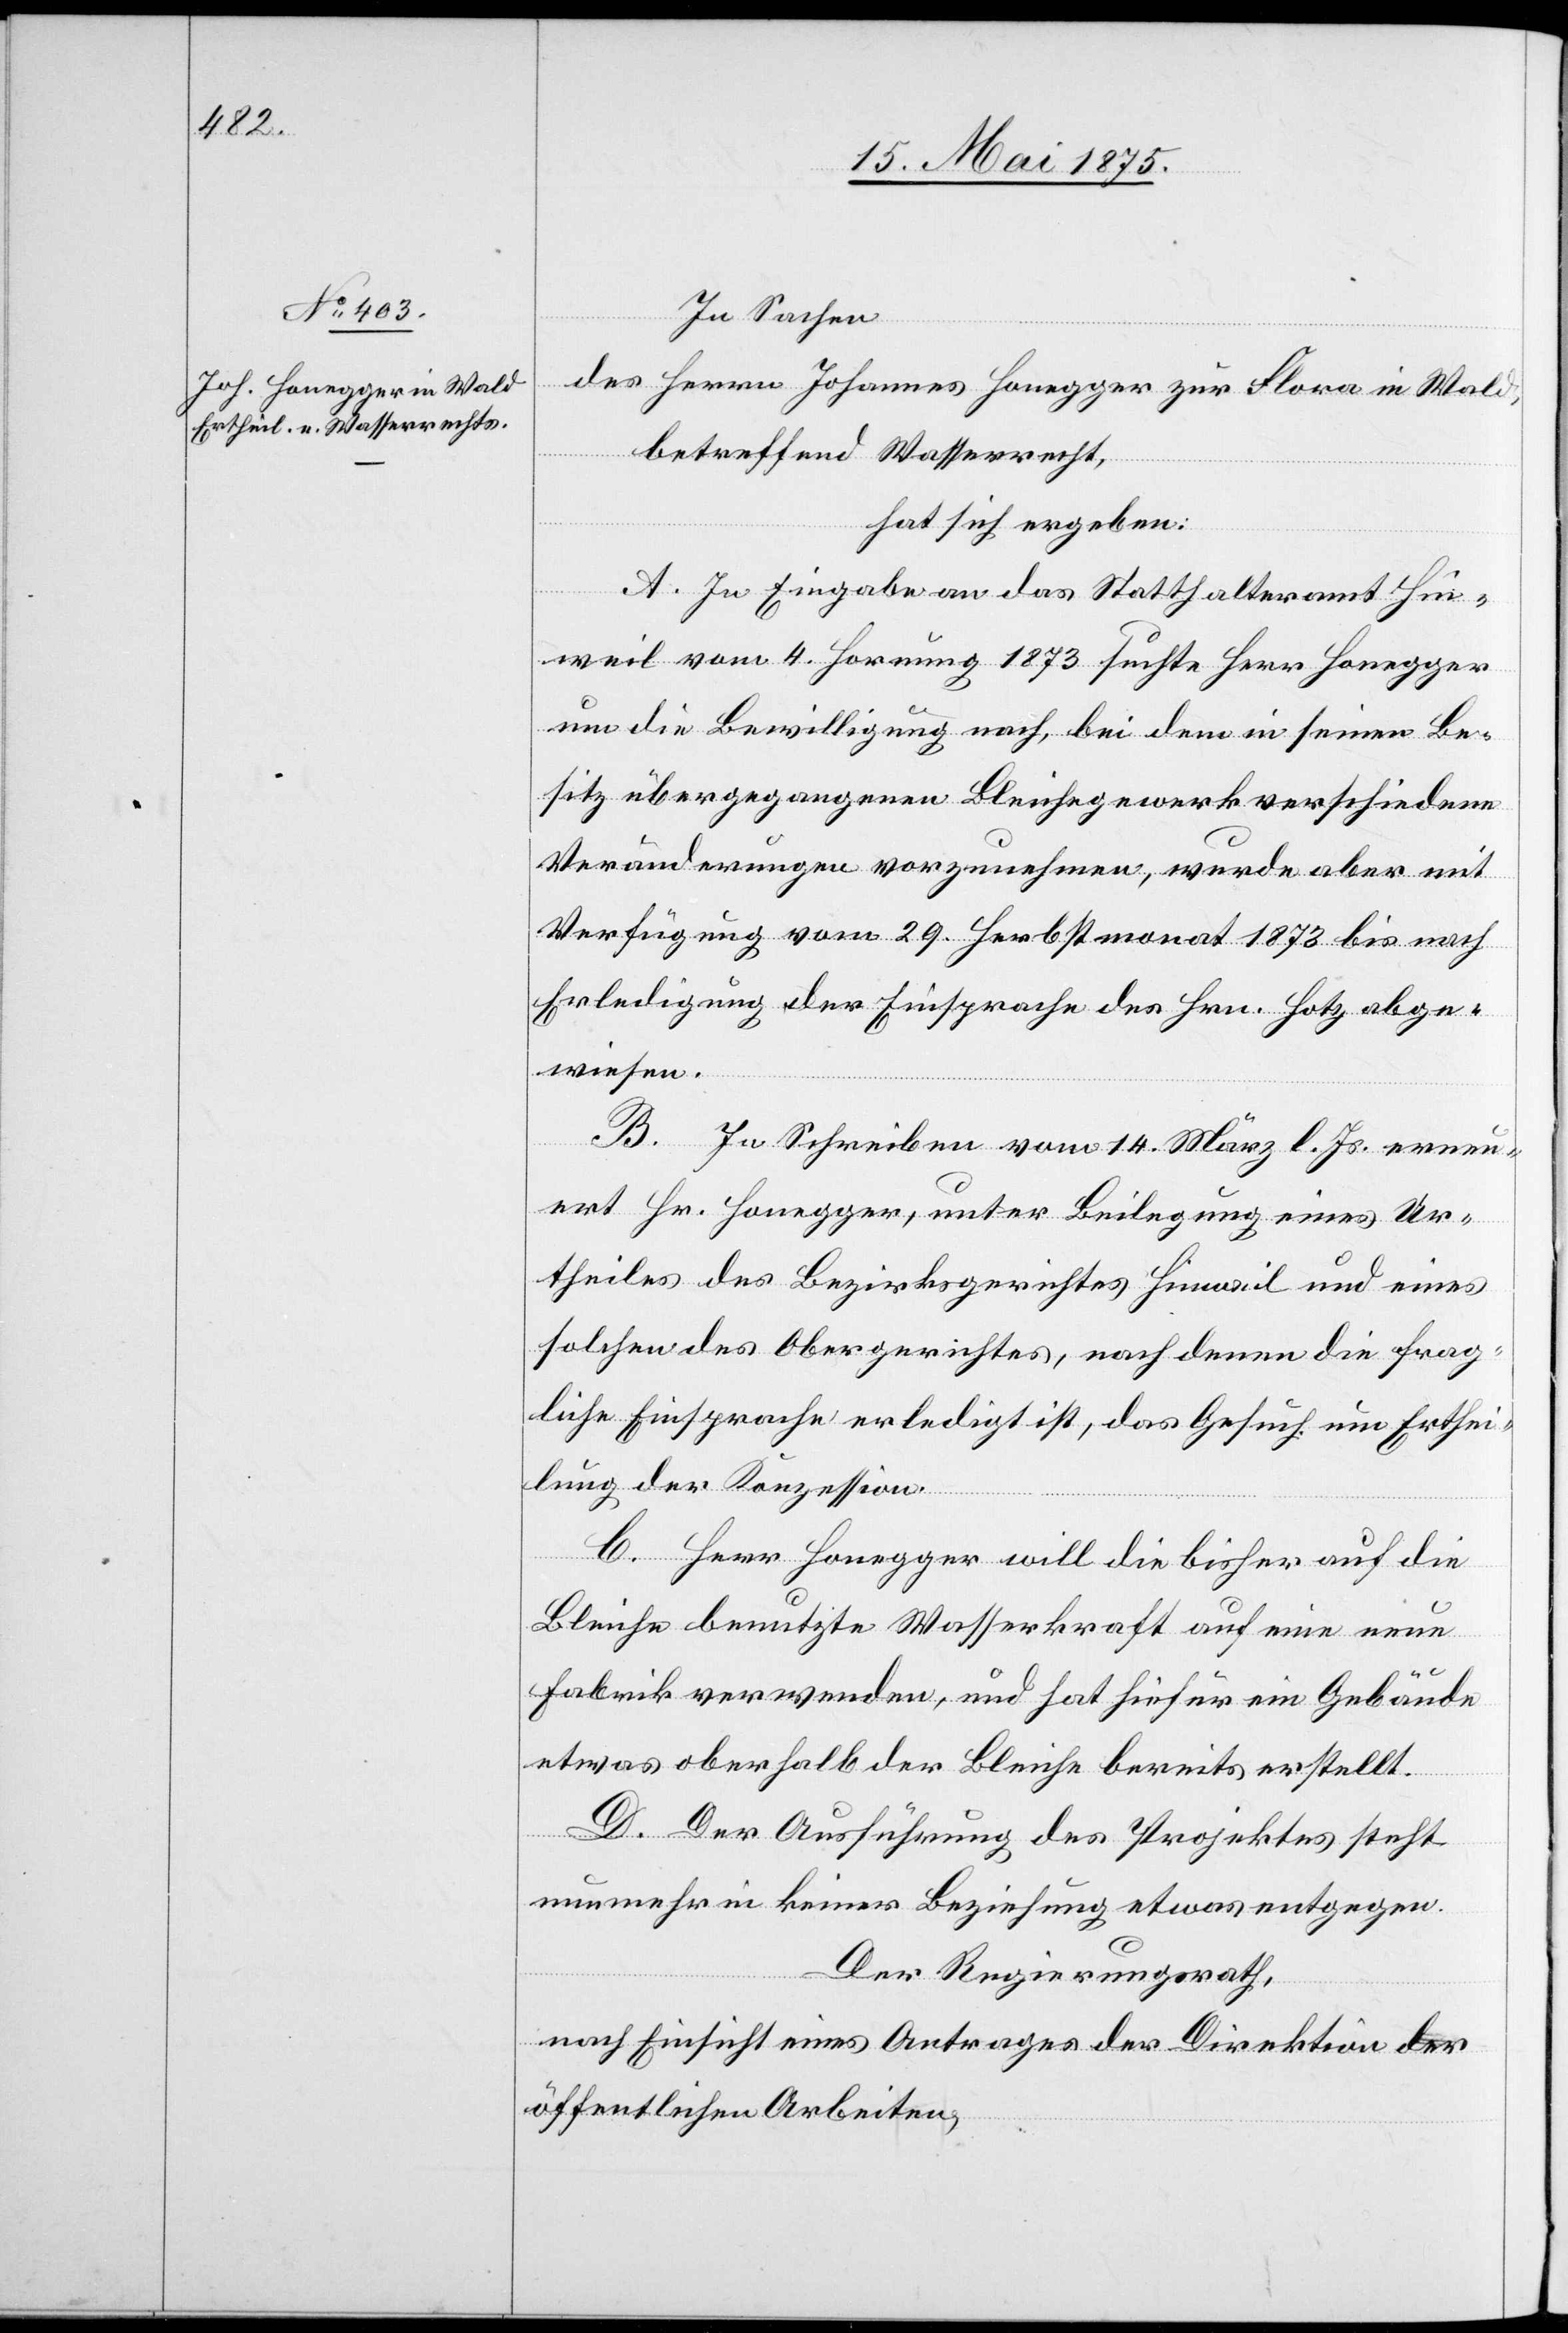
In Sachen
des Herrn Johannes Honegger zur Flora in Wald,
betreffend Wasserrecht,
hat sich ergeben:
A. In Eingabe an das Statthalteramt Hin¬
weil vom 4. Hornung 1873 suchte Herr Honegger
um die Bewilligung nach, bei dem in seinen Be¬
sitz übergegangenen Bleichegewerk verschiedene
Veränderungen vorzunehmen, wurde aber mit
Verfügung vom 29. Herbstmonat 1873 bis nach
Erledigung der Einsprache des Hrn. Hotz abge¬
wiesen.
B. Im Schreiben vom 14. März l.Js. erneu¬
ert Hr. Honegger, unter Beilegung eines Ur¬
theiles des Bezirksgerichtes Hinweil und eines
solchen des Obergerichtes, nach denen die frag¬
liche Einsprache erledigt ist, das Gesuch um Erthei¬
lung der Konzession.
C. Herr Honegger will die bisher auf die
Bleiche benutzte Wasserkraft auf eine neue
Fabrik verwenden, und hat hiefür ein Gebäude
etwas oberhalb der Bleiche bereits erstell¬
t. Der Ausführung des Projektes steht
nunmehr in keiner Beziehung etwas entgegen.
Der Regierungsrath,
nach Einsicht eines Antrages der Direktion der
öffentlichen Arbeiten,